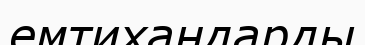
емтихандарды